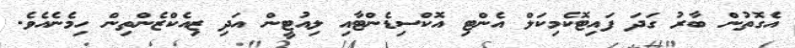
އެގޮތުން ބާރު ގަދަ ފައިޓޮކެމިކަލް އެންޓި އޮކްސިޑެންޓާއި ލިއުޓީން އަދި ޒިއެކްޒެންތިން ހިމެނެއެވެ.